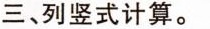
三、列竖式计算。